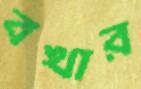
বখার